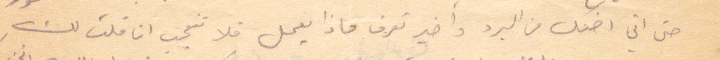
حتى اني اضنك من البرد واخيرًا تعرف ماذا يعمل فلا تتعجب اذا قلت لك